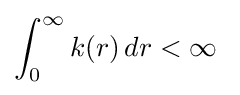
\int _{0}^{\infty }k(r)\,dr<\infty \